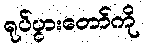
ရုပ်ပွားတော်ကို